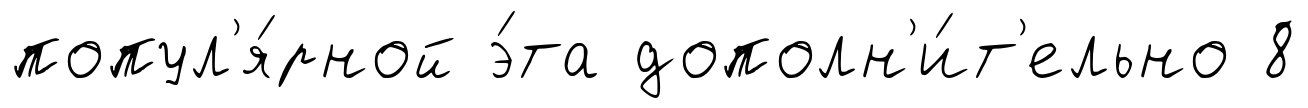
попул'я́рной э́та дополн'и́т'ельно 8